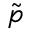
\tilde { p }